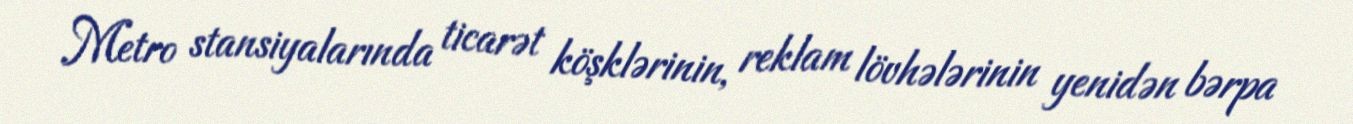
Metro stansiyalarında ticarət köşklərinin, reklam lövhələrinin yenidən bərpa